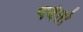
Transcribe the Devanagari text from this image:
पर्वर्तो